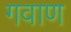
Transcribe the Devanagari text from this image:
गवाण